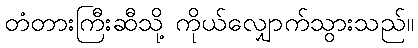
တံတားကြီးဆီသို့ ကိုယ်လျှောက်သွားသည်။